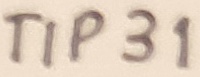
Text: TIP31